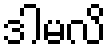
ဒါမလိ